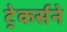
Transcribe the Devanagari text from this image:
ट्रेकर्सने